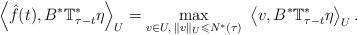
LaTeX: \begin{align*}\ \left\langle \hat f(t),B^* \mathbb{T}^*_{\tau-t} \eta \right\rangle_U = \displaystyle\max_{v\in U,\; \|v\|_U \leqslant N^*(\tau)}\ \left\langle v,B^* \mathbb{T}^*_{\tau-t} \eta \right\rangle_U.\end{align*}